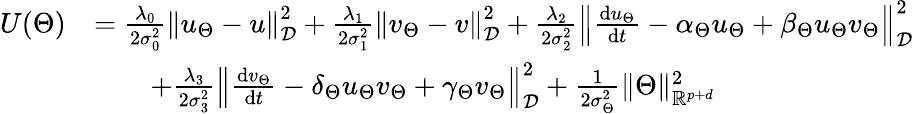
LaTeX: \begin{array}{rl}{U(\Theta)}&{=\frac{\lambda_{0}}{2\sigma_{0}^{2}}\left\| u_{\Theta}-u\right\| _{\mathcal{D}}^{2}+\frac{\lambda_{1}}{2\sigma_{1}^{2}}\left\| v_{\Theta}-v\right\| _{\mathcal{D}}^{2}+\frac{\lambda_{2}}{2\sigma_{2}^{2}}\left\| \frac{\mathrm{d}u_{\Theta}}{\mathrm{d}t}-\alpha_{\Theta}u_{\Theta}+\beta_{\Theta}u_{\Theta}v_{\Theta}\right\| _{\mathcal{D}}^{2}}\\ &{\qquad+\frac{\lambda_{3}}{2\sigma_{3}^{2}}\left\| \frac{\mathrm{d}v_{\Theta}}{\mathrm{d}t}-\delta_{\Theta}u_{\Theta}v_{\Theta}+\gamma_{\Theta}v_{\Theta}\right\| _{\mathcal{D}}^{2}+\frac{1}{2\sigma_{\Theta}^{2}}\| \Theta\| _{\mathbb{R}^{p+d}}^{2}}\end{array}